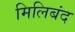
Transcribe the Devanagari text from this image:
मिलिबंद